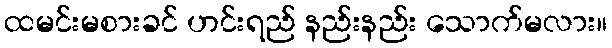
ထမင်းမစားခင် ဟင်းရည် နည်းနည်း သောက်မလား။